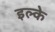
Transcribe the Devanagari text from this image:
इल्‍के